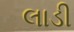
લાડી